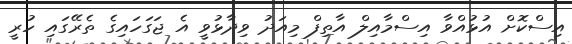
އިސްކޮށް އުޅުއްވާ އިސްމާއިލް އާތިފް މިއަދު ވިދާޅުވީ އެ ޖަގަހައިގެ ތެރޭގައި ހުރީ